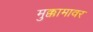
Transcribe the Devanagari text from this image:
मुक्कामावर